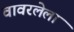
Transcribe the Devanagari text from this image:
वावरलेला